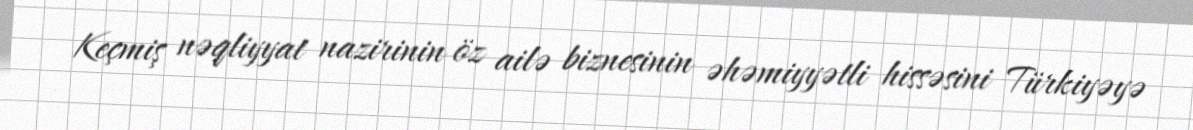
Keçmiş nəqliyyat nazirinin öz ailə biznesinin əhəmiyyətli hissəsini Türkiyəyə